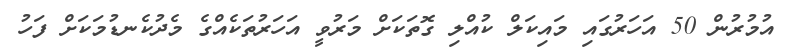
އުމުރުން 50 އަހަރުގައި މައިކަލް ކުއްލި ގޮތަކަށް މަރުވީ އަހަރުތަކެއްގެ މެދުކެނޑުމަކަށް ފަހު